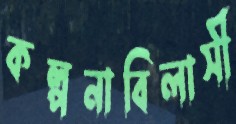
কল্পনাবিলাসী